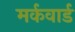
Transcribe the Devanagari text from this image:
मर्कवार्ड